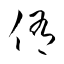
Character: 侑